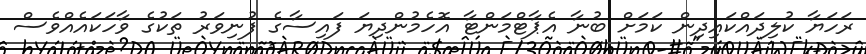
ރަހަޔާ ކުލިދައްކައިދިން ކަމަށް ބުނާ އެޕާޓްމަންޓާ އޮހެމުންދިޔަ ފައިސާގެ ފުނިވަރު ތަކުގެ ވާހަކައެއްވެސް